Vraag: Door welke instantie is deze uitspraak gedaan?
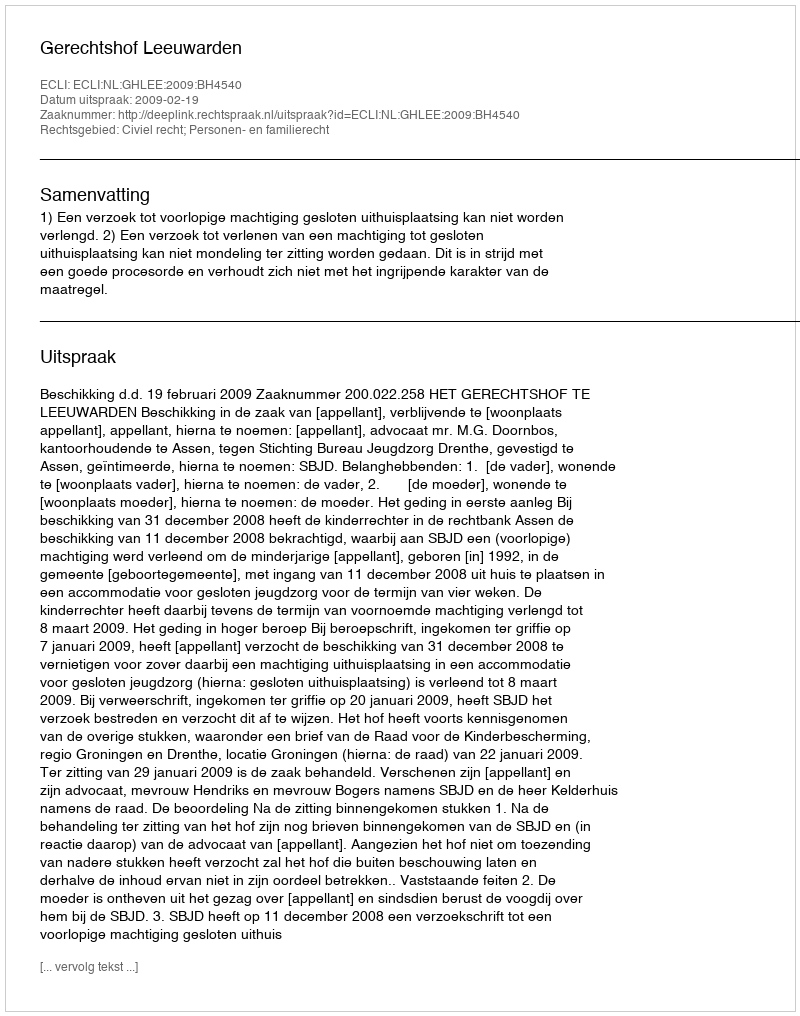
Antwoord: Gerechtshof Leeuwarden